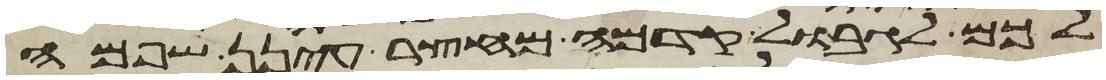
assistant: לכם לגבול קדמה מחצר עינן שפמה